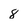
Character: 8